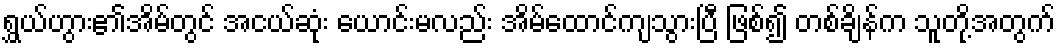
ရွှယ်ဟွား၏အိမ်တွင် အငယ်ဆုံး ယောင်းမလည်း အိမ်ထောင်ကျသွားပြီ ဖြစ်၍ တစ်ချိန်က သူတို့အတွက်